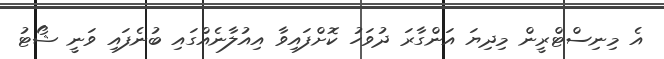
އެ މިނިސްޓްރީން މިދިޔަ އަންގާރަ ދުވަހު ކޮށްފައިވާ އިއުލާނެއްގައި ބުނެފައި ވަނީ ޝޯޓު